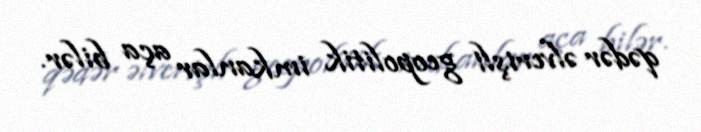
qədər əlverişli geopolitik imkanlar aça bilər.